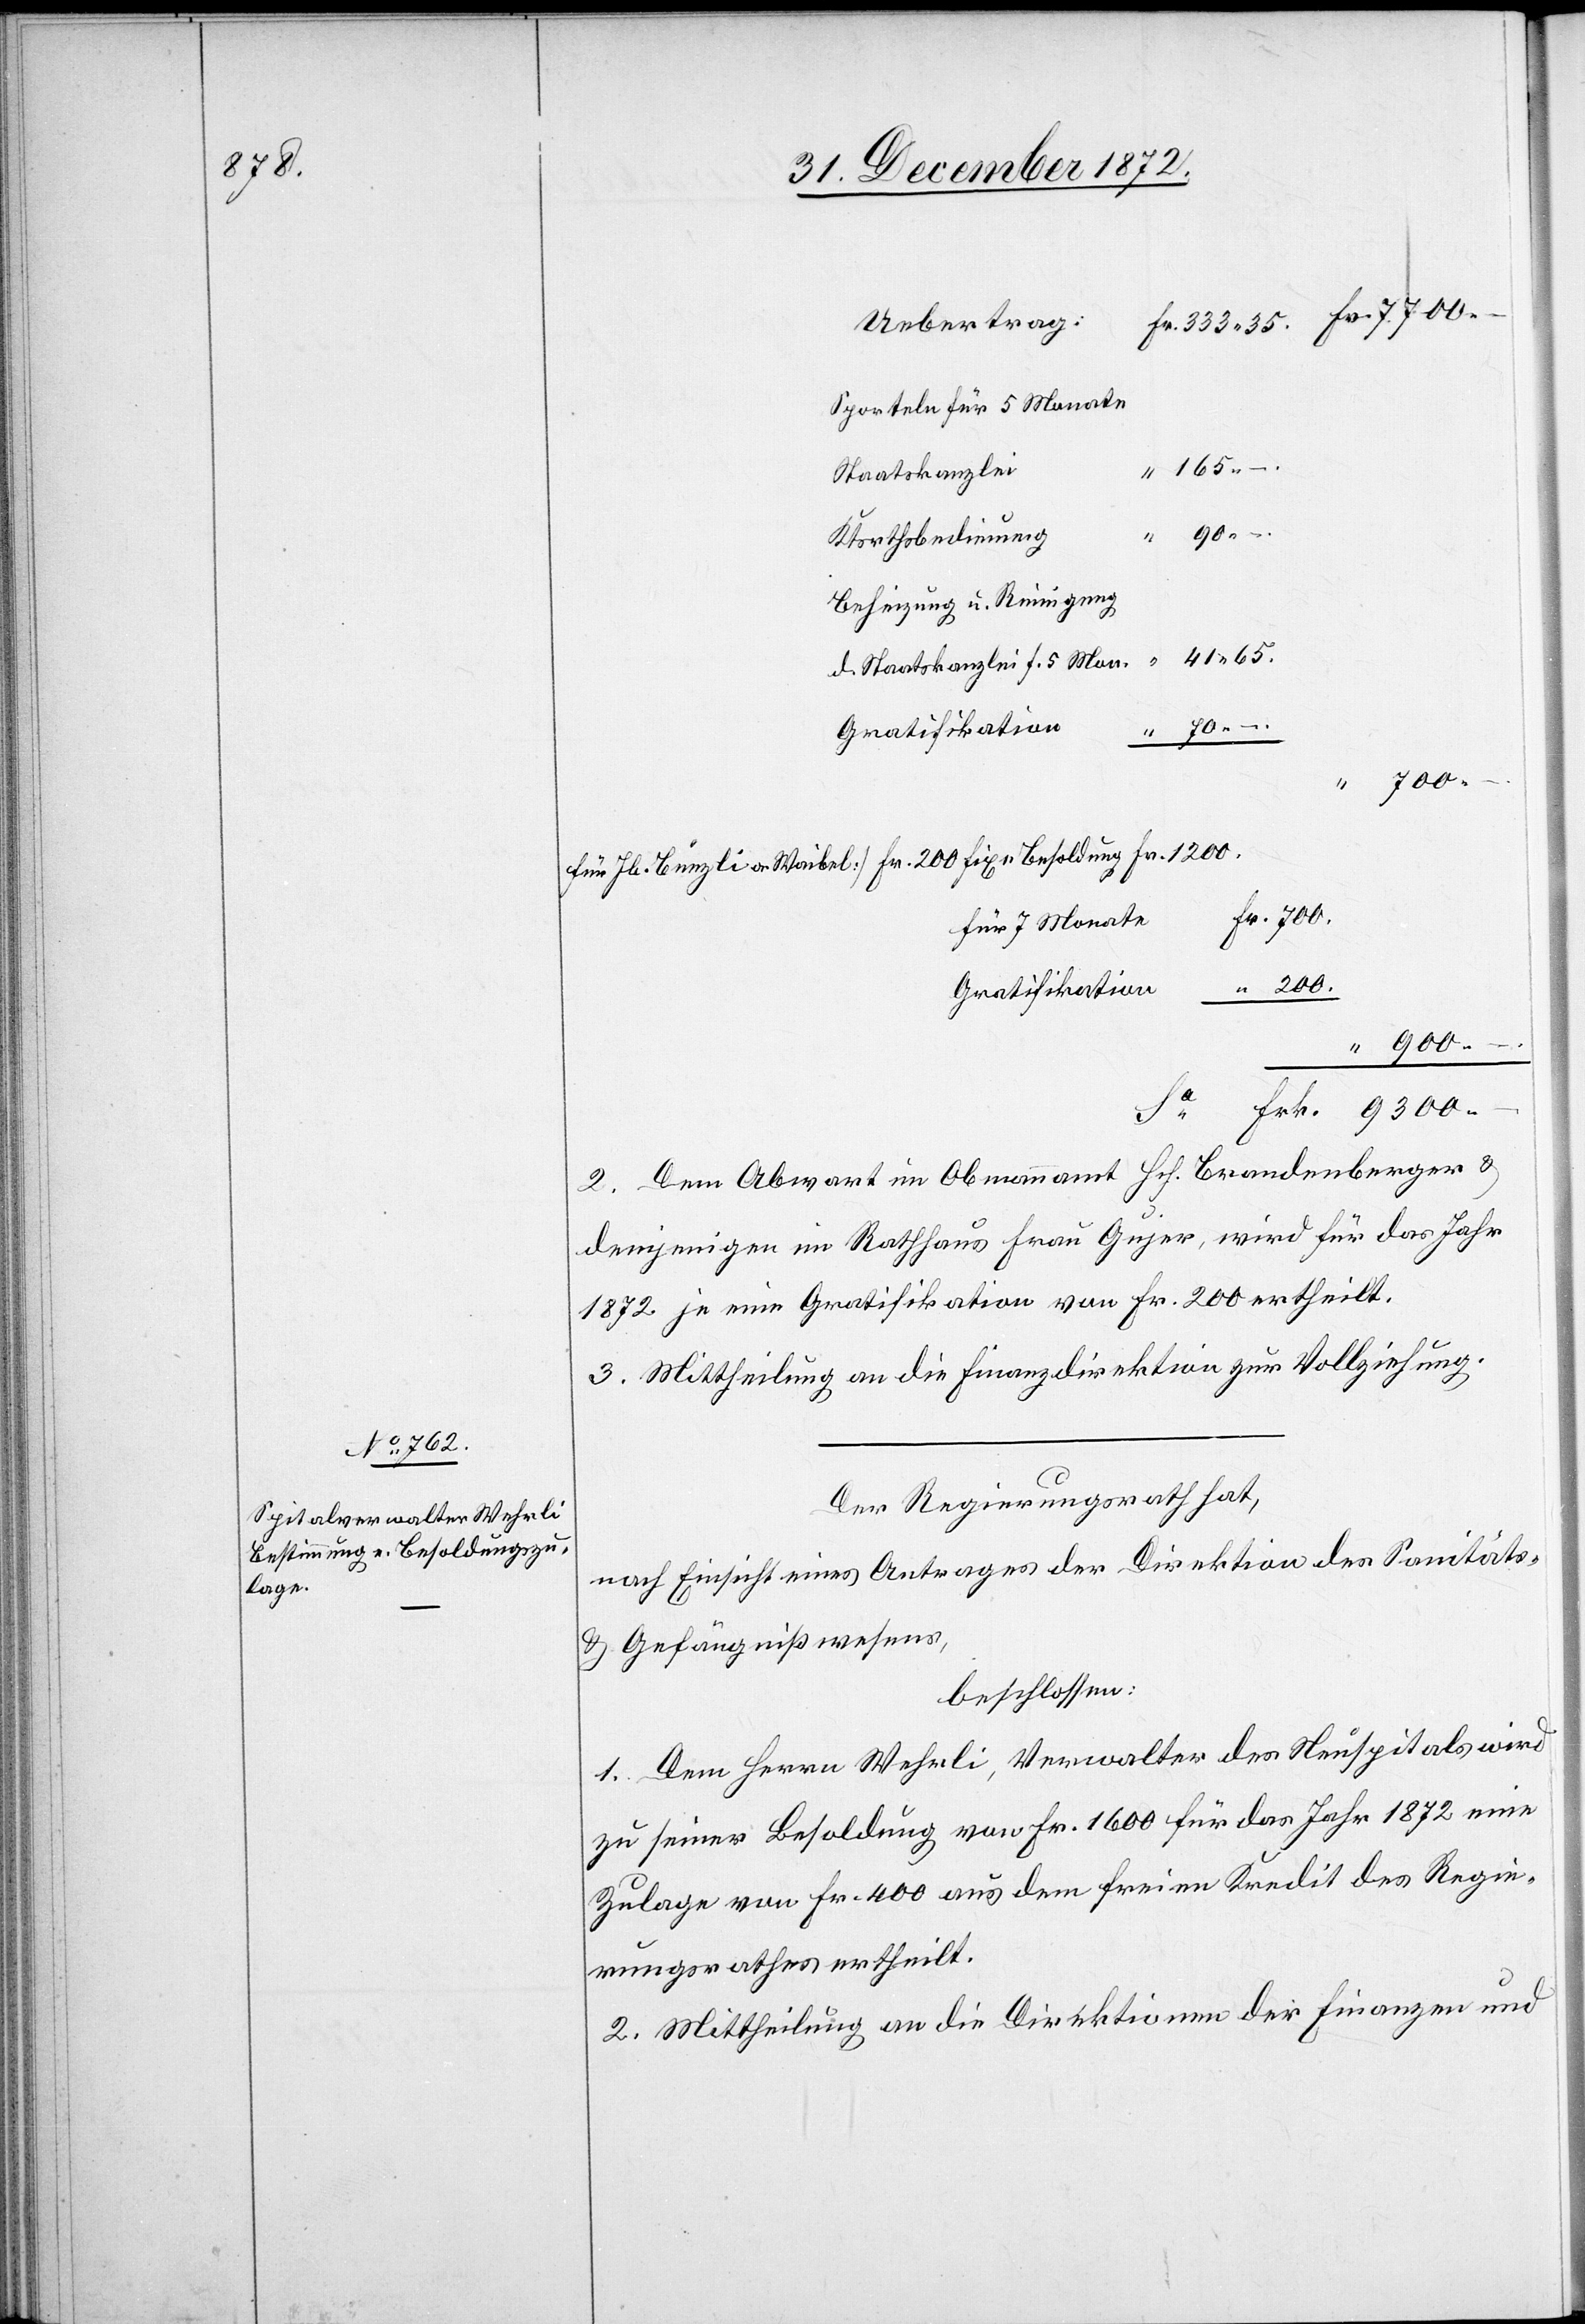
bis 31.

Uebertrag:
Sporteln für 5 Monate
41 65.
Staatskanzlei
Ktsrthsbedienung
Beheizung u. Reinigung
d. Staatskanzlei f. 5 Mon.
Gratifikation
700 –
.
Fr. 1200.
für 7 Monate
Gratifikation
9300 –
2. Dem Abwart im Obmannamt Hch. Brandenberger &
denjenigen im Rathhaus Frau Gujer, wird für das Jahr
1872 je eine Gratifikation von Fr. 200 ertheilt.
3. Mittheilung an die Finanzdirektion zur Vollziehung.
Der Regierungsrath hat,
nach Einsicht eines Antrages der Direktion des Sanitäts-
u. Gefängnißwesens,
beschlossen:
1. Dem Herrn Wehrli, Verwalter des Neuspitals wird
zu seiner Besoldung von Fr. 1600 für das Jahr 1872 eine
Zulage von Fr. 400 aus dem freien Kredit des Regie¬
rungsrathes ertheilt.
2. Mittheilung an die Direktionen der Finanzen und